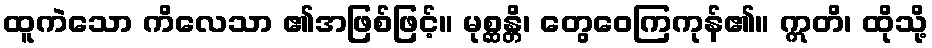
ထူကဲသော ကိလေသာ ၏အဖြစ်ဖြင့်။ မုစ္ဆန္တိ၊ တွေဝေကြကုန်၏။ ဣတိ၊ ထိုသို့